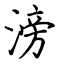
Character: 滂